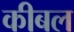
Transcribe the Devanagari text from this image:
कीबल